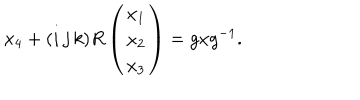
x _ { 4 } + ( i \, j \, k ) R \left( \begin{array} { c } { { x _ { 1 } } } \\ { { x _ { 2 } } } \\ { { x _ { 3 } } } \\ \end{array} \right) = g x g ^ { - 1 } .